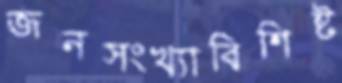
জনসংখ্যাবিশিষ্ট